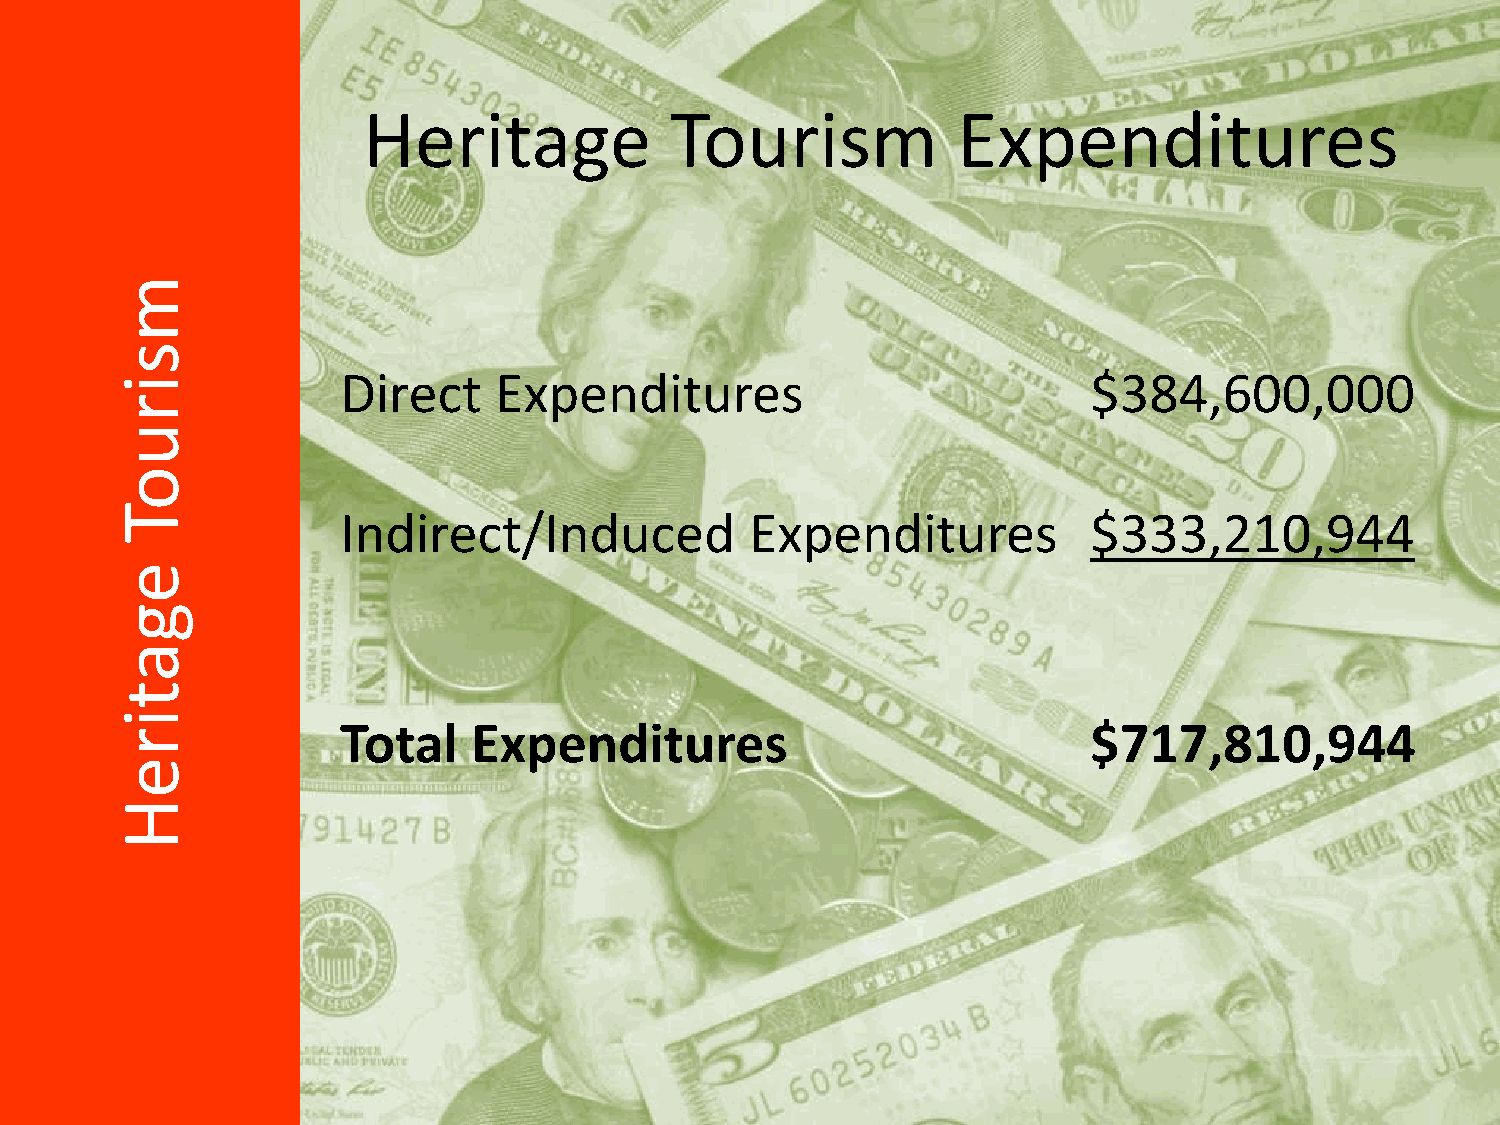
Heritage            Tourism            Expenditures
 m
 s
 i              Direct    Expenditures                           $384,600,000
 r
 u
 o
 T              Indirect/Induced           Expenditures          $333,210,944
 e
 g
 a
 t
 i
 Total   Expenditures                             $717,810,944
 r
 e
 H